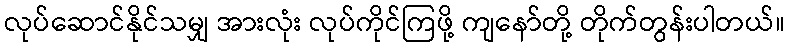
လုပ်ဆောင်နိုင်သမျှ အားလုံး လုပ်ကိုင်ကြဖို့ ကျနော်တို့ တိုက်တွန်းပါတယ်။